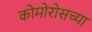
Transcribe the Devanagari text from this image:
कोमोरोसच्या